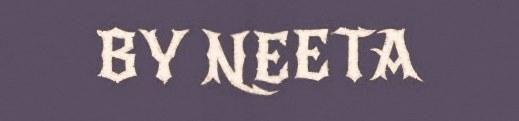
BY NEETA